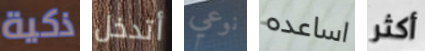
ذكية أتدخل نوعي اساعده أكثر